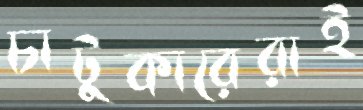
চাটুকারেরাই